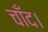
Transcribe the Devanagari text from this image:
चाँद।